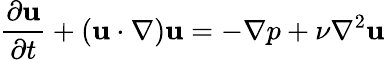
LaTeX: \frac{\partial{\mathbf{u}}}{\partial t}+\left({{\mathbf{u}}\cdot\nabla}\right){\mathbf{u}}=-\nabla p+\nu\nabla^{2}{\mathbf{u}}